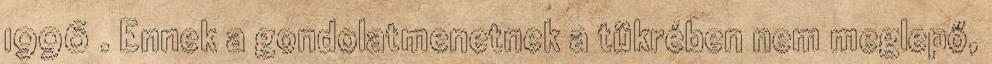
1996 . Ennek a gondolatmenetnek a tükrében nem meglepő,